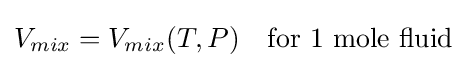
V_{mix}=V_{mix}(T,P)\quad {\text{for 1 mole fluid}}